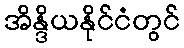
အိန္ဒိယနိုင်ငံတွင်